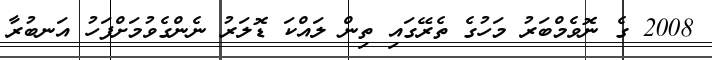
2008 ގެ ނޮވެމްބަރު މަހުގެ ތެރޭގައި ތިން ލައްކަ ޑޮލަރު ނެންގެވުމަށްފަހު އަނބުރާ